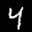
Label: 4